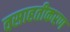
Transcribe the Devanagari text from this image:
वसाहतीकरण